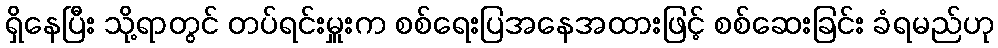
ရှိနေပြီး သို့ရာတွင် တပ်ရင်းမှူးက စစ်ရေးပြအနေအထားဖြင့် စစ်ဆေးခြင်း ခံရမည်ဟု